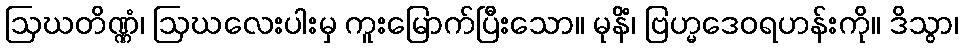
ဩဃတိဏ္ဏံ၊ ဩဃလေးပါးမှ ကူးမြောက်ပြီးသော။ မုနိံ၊ ဗြဟ္မဒေဝရဟန်းကို။ ဒိသွာ၊